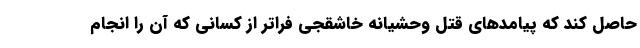
حاصل کند که پیامدهای قتل وحشیانه خاشقجی فراتر از کسانی که آن را انجام